Report on the cultivation and use of ganja
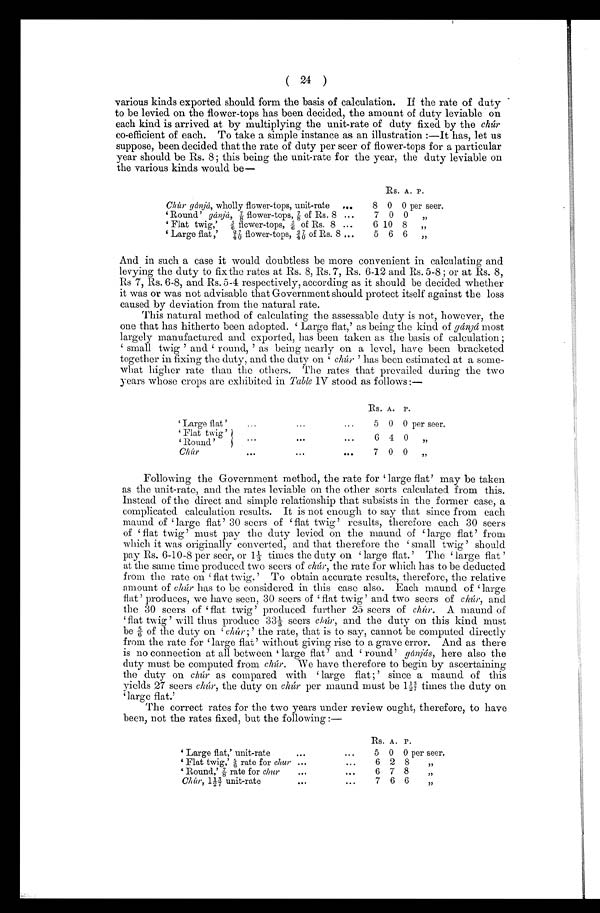
( 24 )
various kinds exported should form the basis of calculation. If the rate of duty
to be levied on the flower-tops has been decided, the amount of duty leviable on
each kind is arrived at by multiplying the unit-rate of duty fixed by the chúr
co-efficient of each. To take a simple instance as an illustration :—It has, let us
suppose, been decided that the rate of duty per seer of flower-tops for a particular
year should be Rs. 8; this being the unit-rate for the year, the duty leviable on
the various kinds would be—
Rs. A. P.
Chúr gánjá, wholly flower-tops, unit-rate . . .
8 0 0 per seer.
7 0 0
„Round'
gánjá,
⅞
flower-tops
⅞
of Rs. 8 . . .
'Flat twig,' 5/6
flower-tops, 5/6 of Rs. 8 . . .
6 10 8
„
5 6 6
,,
'Large flat,' 2/4 7/0 flower-tops, 2/4 7/0 of Rs. 8 . . .
And in such a case it would doubtless be more convenient in calculating and
levying the duty to fix the rates at Rs. 8, Rs. 7, Rs. 6-12 and Rs. 5-8 ; or at Rs. 8,
Rs 7, Rs. 6-8, and Rs. 5-4 respectively, according as it should be decided whether
it was or was not advisable that Government should protect itself against the loss
caused by deviation from the natural rate.
This natural method. of calculating the assessable duty is not, however, the
one that has hitherto been adopted. 'Large flat,' as being the kind ofg á n j á
m o s t
largely manufactured and exported, has been taken as the basis of calculation ;
' smal l t wi g' and ' r ound, ' as bei ng near l y on a l evel , have been br acket ed.
together in fixing the duty, and the duty 'c h ú r '
has been estimated at a some
- w h a t h i g h e r r a t e t h a n t h e o t h e r s . T i l e r a t e s t h a t p r e v a i l e d d u r i n g t h e t w o
years whose crops are exhibited in Table IV stood as follows :—
Rs. A. P.
'Large flat' . . .
5 0 0 per seer.
'Flat twig'
'Round' . . .
6 4 0
,,
0
,,
0
7
Chúr . . .
Following the Government method, the rate for 'large flat' may be taken
as the unit-rate, and the rates leviable on the other sorts calculated from this.
Instead of the direct and simple relationship that subsists in the former case, a
complicated calculation results. It is not enough to say that since from each
ma u n d o f ' l a r g e f l a t ' 3 0 s e e r s o f ' f l a t t wi g ' r e s u l t s , t h e r e f o r e e a c h 3 0 s e e r s
o f ' f l a t t w i g ' m u s t p a y t h e d u t y l e v i e d o n t h e m a u n d o f ' l a r g e f l a t ' f r o m
which it was originally converted, and that therefore the 'small twig' should
pay Rs. 6-10-8 per seer, or 11/3 ti mes the duty ' l arge fl at. ' The ' l arge fl at'
at the same time produced two seers of clúr, the rate for which has to be deducted
f r om t he r at e ' f l at t wi g. ' To obt ai n accur at e r es ul t s , t her ef or e, t he r el at i ve
amount of chúr has to be considered. in this case also. Each maund of 'large
flat' produces, we have seen, 30 seers of 'f l a t t w i g '
a n d t w o s e e r s o f
c h ú r ,
a n d
t he 30 seers of ' fl at t wi g' produced furt her 25 seers of c h ú r .
A m a u n d o f
' f l a t t w i g ' w i l l t h u s p r o d u c e 3 3 1 / 3 s e e r sc
h ú r ,
a n d t h e d u t y o n t h i s k i n d m u s t
be 5/6o f t h e d u t y o n '
c h ú r ; '
t h e r a t e , t h a t i s t o s a y , c a n n o t b e c o m p u t e d d i r e c t l y
f r om t he r at e f or ' l ar ge f l at ' wi t hout gi vi ng r i s e t o a gr ave er r or . And as t her e
is no connection at all between 'large flat' and 'round' g á n j á s ,
h e r e a l s o t h e
duty must be computed from chúr. We have therefore to begin by ascertaining
the duty on chúr as compared. with ' large flat ;' since a maund of this
yields 27 seers chúr, the duty on chúr per maund must be 1½3/7t i m e s t h e d u t y o n
' l a r g e f l a t . '
The correct rates for the two years under review ought, therefore, to have
been, not the rates fixed, but the following :—
Rs. A. P.
'Large flat,' unit-rate . . .
5 0 0 per seer.
'Flat twig,' 5/6r a t e f o r
c h u r . . .
6 2 8
,,
7 8
6
,,
'Round,'
⅞
rate for chur . . .
7 6 6
,,
Chúr, 1½3/7 unit-rate . . .